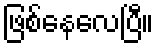
ဖြစ်နေလေပြီ။